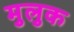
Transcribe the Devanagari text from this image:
मुलुक